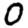
Digit: 0